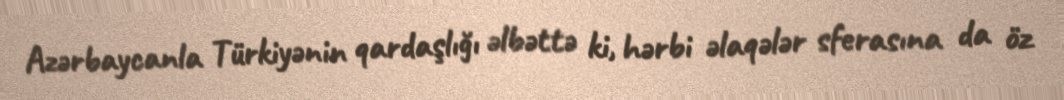
Azərbaycanla Türkiyənin qardaşlığı əlbəttə ki, hərbi əlaqələr sferasına da öz